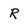
Character: R